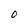
Character: O